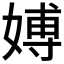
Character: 𱙠